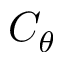
C _ { \theta }